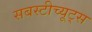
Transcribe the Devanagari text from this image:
सबस्टीच्यूट्स